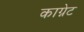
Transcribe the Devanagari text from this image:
काग्नेट